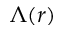
\Lambda ( r )